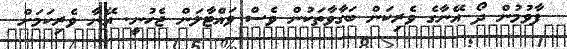
ފާވުމުން ދޯ އޭނާގެ ވެރިކަން ބަގާވާތަކުން ވެސް ވައްޓާލަން ޖެހުނީ. އޭނާ ވެރިކަމަށް